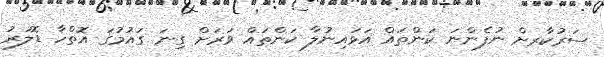
ސަރުކާރށް ނުފެންނަ ކަންތައް އަޅައިނުލާ ކަންތައް ވަރަށް ގިނަ ގައުމުގަ އޮތްހާ ޑޮލަރު